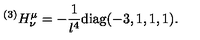
{ } ^ { ( 3 ) } H _ { \nu } ^ { \mu } = - { \frac { 1 } { l ^ { 4 } } } \mathrm { d i a g } ( - 3 , 1 , 1 , 1 ) .